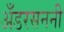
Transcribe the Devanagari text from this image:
अँडरसननी